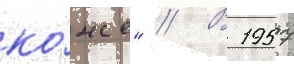
ко́же" // В 1957